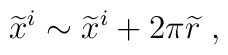
{\widetilde x}^i\sim{\widetilde x}^i+2\pi {\widetilde r}~,